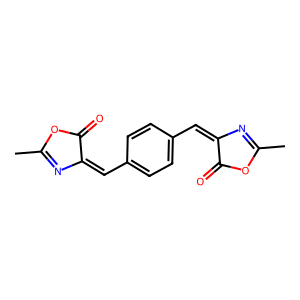
SMILES: CC1=NC(=Cc2ccc(C=C3N=C(C)OC3=O)cc2)C(=O)O1
Inhibits HIV replication: No